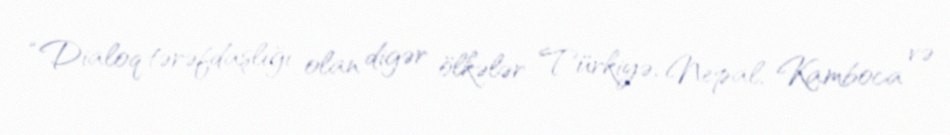
“Dialoq tərəfdaşlığı olan digər ölkələr Türkiyə, Nepal, Kamboca və